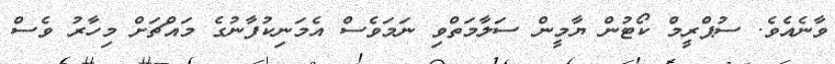
ވާނެއެވެ. ސުޕްރީމް ކޯޓުން ޔާމީން ސަލާމަތްވި ނަމަވެސް އެމަނިކުފާނުގެ މައްޗަށް މިހާރު ވެސް